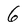
Character: 6